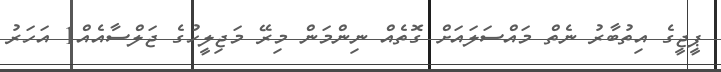
ޕީޖީގެ އިތުބާރު ނެތް މައްސަލައަށް ގޮތެއް ނިންމަން މިރޭ މަޖިލީހުގެ ޖަލްސާއެއް1 އަހަރު